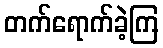
တက်ရောက်ခဲ့ကြ